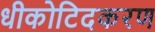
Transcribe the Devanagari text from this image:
धीकोटिदकरण